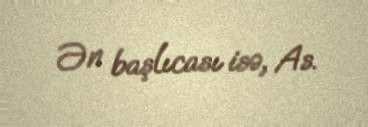
Ən başlıcası isə, As.